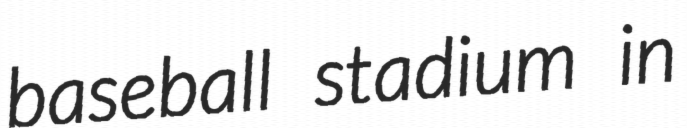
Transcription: baseball stadium in